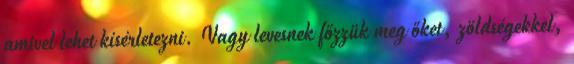
amivel lehet kísérletezni. Vagy levesnek főzzük meg őket, zöldségekkel,